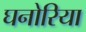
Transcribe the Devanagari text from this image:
घनोरिया